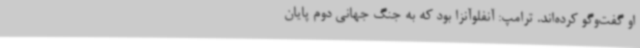
او گفت‌وگو کرده‌اند. ترامپ: آنفلوآنزا بود که به جنگ جهانی دوم پایان